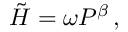
\tilde { H } = \omega P ^ { \beta } \, ,